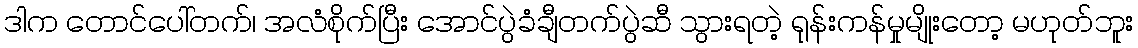
ဒါက တောင်ပေါ်တက်၊ အလံစိုက်ပြီး အောင်ပွဲခံချီတက်ပွဲဆီ သွားရတဲ့ ရုန်းကန်မှုမျိုးတော့ မဟုတ်ဘူး